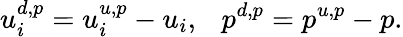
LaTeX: u_{i}^{d,p}=u_{i}^{u,p}-u_{i},~~~p^{d,p}=p^{u,p}-p.